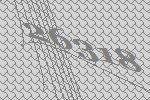
26318